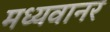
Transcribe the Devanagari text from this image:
मध्यवानर